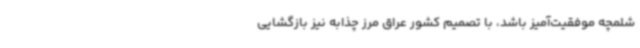
شلمچه موفقیت‌آمیز باشد، با تصمیم کشور عراق مرز چذابه نیز بازگشایی